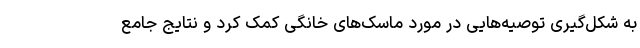
به شکل‌گیری توصیه‌هایی در مورد ماسک‌های خانگی کمک کرد و نتایج جامع